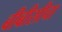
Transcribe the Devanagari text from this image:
बीबीसीचा